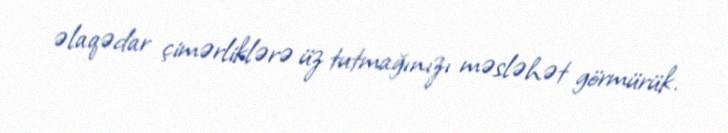
əlaqədar çimərliklərə üz tutmağınızı məsləhət görmürük.